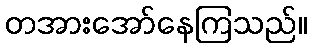
တအားအော်နေကြသည်။